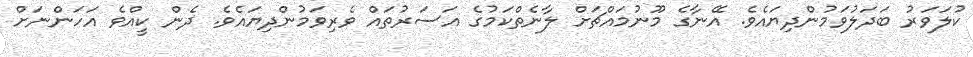
ކުލަވަރު ބަދަލުވަމުންދިޔައެވެ. އޭނާގެ މޫނުމައްޗަށް ލާނެތްކަމުގެ އަސަރުތައް ވެރިވަމުންދިޔައެވެ. ދެން ކީއްވެ އަހަންނަށް